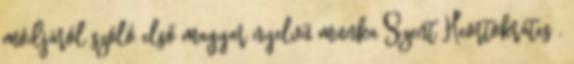
módjáról szóló első magyar nyelvű munka Szent Heortokrátes .